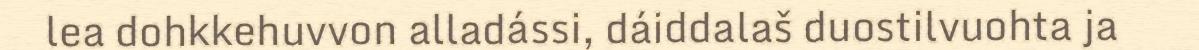
lea dohkkehuvvon alladássi, dáiddalaš duostilvuohta ja